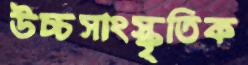
উচ্চসাংস্কৃতিক